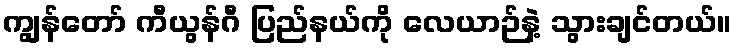
ကျွန်တော် ကီယွန်ဂီ ပြည်နယ်ကို လေယာဉ်နဲ့ သွားချင်တယ်။